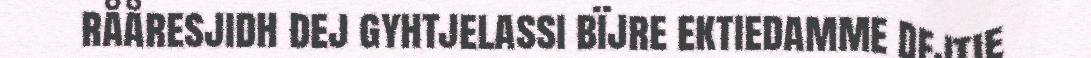
rååresjidh dej gyhtjelassi bïjre ektiedamme dejtie